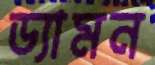
ড্যামন